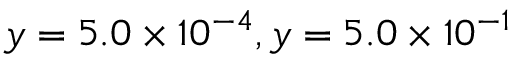
y = 5 . 0 \times 1 0 ^ { - 4 } , y = 5 . 0 \times 1 0 ^ { - 1 }